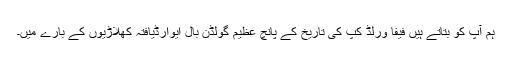
ہم آپ کو بتاتے ہیں فیفا ورلڈ کپ کی تاریخ کے پانچ عظیم گولڈن بال ایوارڈیافتہ کھلاڑیوں کے بارے میں۔